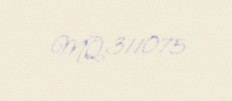
MQ311075